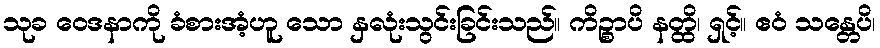
သုခ ဝေဒနာကို ခံစားအံ့ဟူ သော နှလုံးသွင်းခြင်းသည်။ ကိဉ္စာပိ နတ္ထိ၊ ရှင့်။ ဧဝံ သန္တေပိ၊